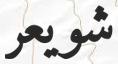
شويعر